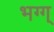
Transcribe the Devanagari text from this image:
भग्ग्